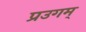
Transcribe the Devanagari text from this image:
प्रउगम्